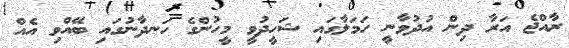
ރާއްޖެ އަރާ ދިން އުދުވާނީ ހަމަލާގައި ޝަހީދުވީ މީހުންގެ ހަނދާނުގައި ބޭއްވި އެއް